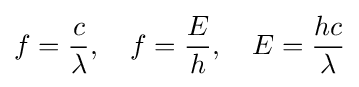
f={\frac {c}{\lambda }},\quad f={\frac {E}{h}},\quad E={\frac {hc}{\lambda }}